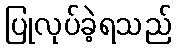
ပြုလုပ်ခဲ့ရသည်